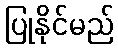
ပြုနိုင်မည်